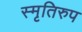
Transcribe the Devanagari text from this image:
स्मृतिरुप